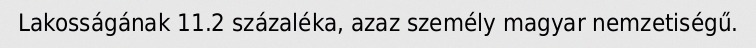
Lakosságának 11.2 százaléka, azaz személy magyar nemzetiségű.